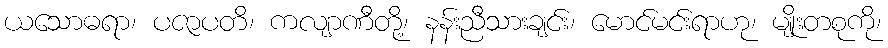
ယသောဓရာ၊ ပဇာပတိ၊ ကလျာဏီတို့၊ နန်းညီသားချင်း၊ မောင်မင်းရာဟု၊ မျိုးတစုကို၊